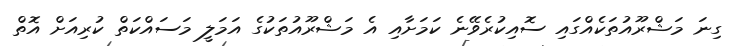
ގިނަ މަޝްރޫއުތަކެއްގައި ސޮއިކުރެވޭނެ ކަމަށާއި އެ މަޝްރޫއުތަކުގެ އަމަލީ މަސައްކަތް ކުރިއަށް އޮތް